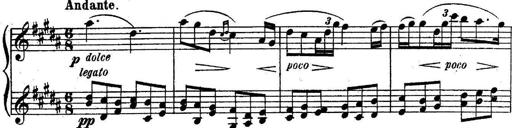
Title: Sonatine
Composer: Adrian Shaposhnikov
Key: E minor